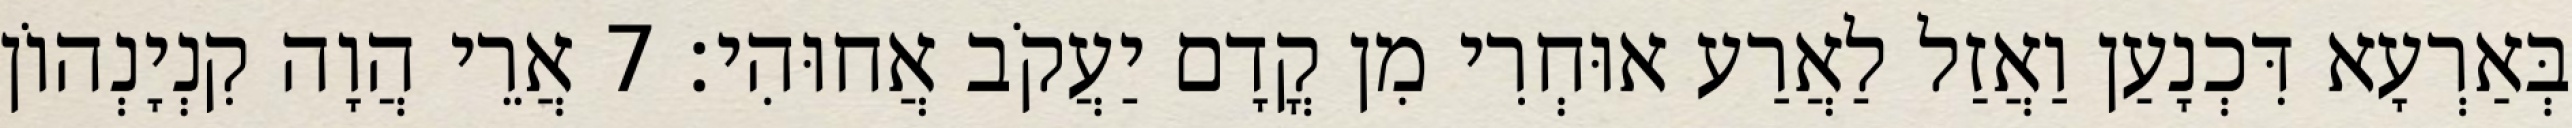
בְּאַרְעָא דִּכְנָעַן וַאֲזַל לַאֲרַע אוּחְרִי מִן קֳדָם יַעֲקֹב אֲחוּהִי׃ 7 אֲרֵי הֲוָה קִנְיָנְהוֹן